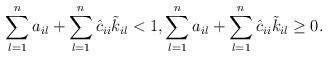
LaTeX: \begin{align*} & \sum_{l=1}^{n} a_{il}+\sum_{l=1}^{n}\hat{c}_{ii}\Tilde{k}_{il}<1, \sum_{l=1}^{n} a_{il}+\sum_{l=1}^{n}\hat{c}_{ii}\Tilde{k}_{il}\geq0.\end{align*}